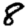
Digit: 8